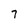
Character: 7